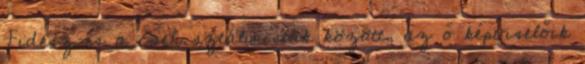
Fidesz és a cseh sztálinisták között, az ő képviselőik